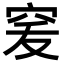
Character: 𥥜